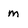
Character: m